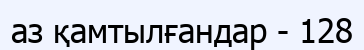
аз қамтылғандар - 128